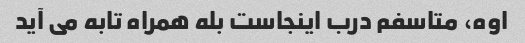
اوه، متاسفم درب اینجاست بله همراه تابه می آید